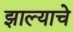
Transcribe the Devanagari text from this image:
झाल्‍याचे